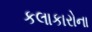
કલાકારોના